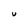
Character: U